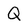
Character: Q